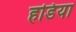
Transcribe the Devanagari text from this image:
हडिया